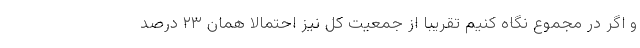
و اگر در مجموع نگاه کنیم تقریبا از جمعیت کل نیز احتمالا همان ۲۳ درصد